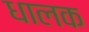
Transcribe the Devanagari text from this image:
धालक